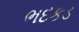
ભદકડ